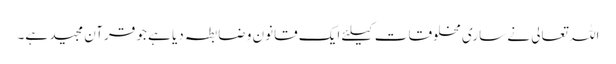
اللہ تعالی نے ساری مخلوقات کیلئے ایک قانون و ضابطہ دیا ہے جو قرآن مجید ہے۔